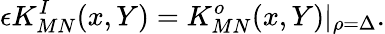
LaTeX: \epsilon K_{MN}^{I}(x,Y)=K_{MN}^{o}(x,Y)\vert_{\rho=\Delta}.